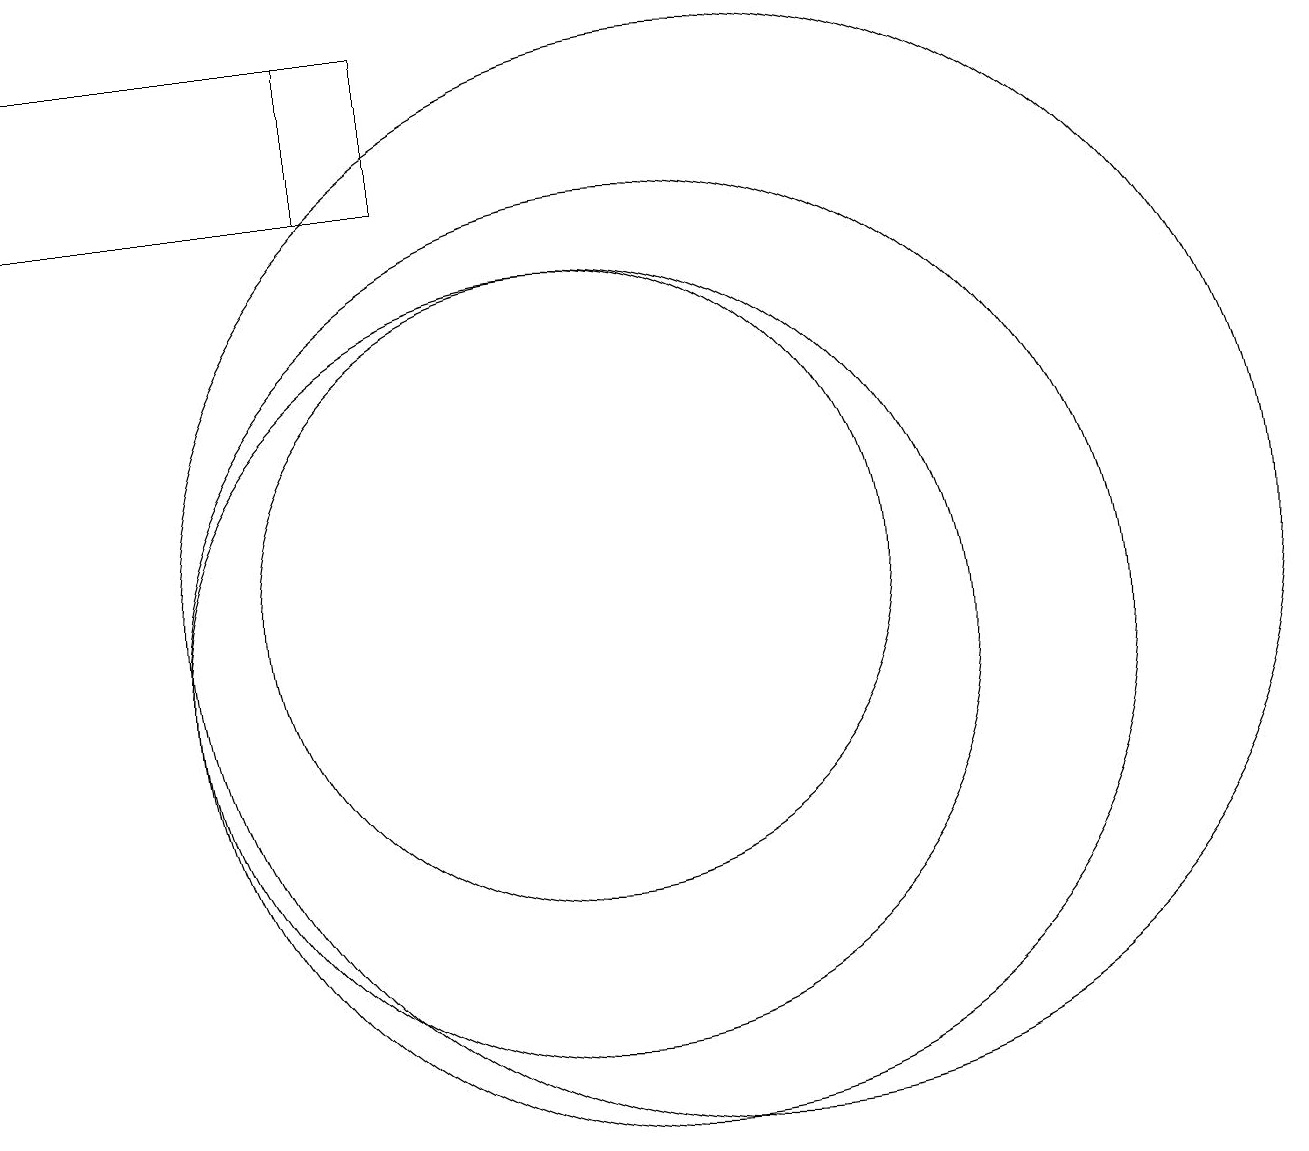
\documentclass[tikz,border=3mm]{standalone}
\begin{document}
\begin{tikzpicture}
\draw (7,17) rectangle (3,19);
\draw (8,17) rectangle (7,19);
\draw (10,12) circle (4);
\draw (10,11) circle (5);
\draw (12,12) circle (7);
\draw (11,11) circle (6);
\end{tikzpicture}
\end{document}